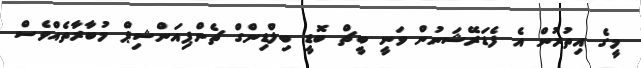
މީގެ އިތުރުން އެ ފެޑަރޭޝަނުން ވަނީ ބީޗް ބޮޑީ ބިލްޑިންގް ޗެންޕިއަންޝިޕް މުބާރާތެއްވެސް